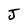
Character: J